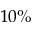
1 0 \%